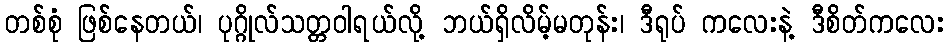
တစ်စုံ ဖြစ်နေတယ်၊ ပုဂ္ဂိုလ်သတ္တဝါရယ်လို့ ဘယ်ရှိလိမ့်မတုန်း၊ ဒီရုပ် ကလေးနဲ့ ဒီစိတ်ကလေး